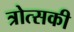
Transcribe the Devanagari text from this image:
त्रोत्सकी